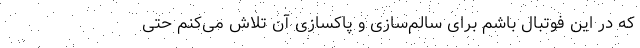
که در این فوتبال باشم برای سالم‌سازی و پاکسازی آن تلاش می‌کنم حتی